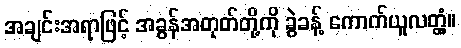
အချင်းအရာဖြင့် အခွန်အတုတ်တို့ကို ခွဲခန့် ကောက်ယူလတ္တံ့။